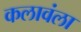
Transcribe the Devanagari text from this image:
कलावंला